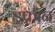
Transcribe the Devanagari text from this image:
इफ्रान